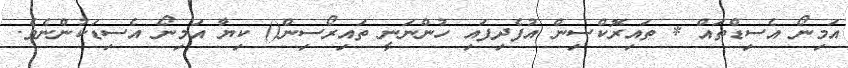
އަމިނޯ އެސިޑްތައް * ތައިރޮކްސިން އުފެދިފައި ހުންނަނީ ތައިރޯސިން() ކިޔާ އަމިނޯ އެސިޑަކުންނެވެ.